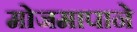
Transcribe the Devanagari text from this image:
मोजमापाने